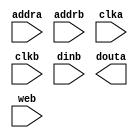
module rama(
	addra,
	addrb,
	clka,
	clkb,
	dinb,
	douta,
	web);


input [8 : 0] addra;
input [8 : 0] addrb;
input clka;
input clkb;
input [12 : 0] dinb;
output [12 : 0] douta;
input web;

// synthesis translate_off

      BLKMEMDP_V6_3 #(
		.c_addra_width(9),
		.c_addrb_width(9),
		.c_default_data("0"),
		.c_depth_a(365),
		.c_depth_b(365),
		.c_enable_rlocs(0),
		.c_has_default_data(0),
		.c_has_dina(0),
		.c_has_dinb(1),
		.c_has_douta(1),
		.c_has_doutb(0),
		.c_has_ena(0),
		.c_has_enb(0),
		.c_has_limit_data_pitch(0),
		.c_has_nda(0),
		.c_has_ndb(0),
		.c_has_rdya(0),
		.c_has_rdyb(0),
		.c_has_rfda(0),
		.c_has_rfdb(0),
		.c_has_sinita(0),
		.c_has_sinitb(0),
		.c_has_wea(0),
		.c_has_web(1),
		.c_limit_data_pitch(18),
		.c_mem_init_file("rama.mif"),
		.c_pipe_stages_a(0),
		.c_pipe_stages_b(0),
		.c_reg_inputsa(0),
		.c_reg_inputsb(0),
		.c_sim_collision_check("NONE"),
		.c_sinita_value("0"),
		.c_sinitb_value("0"),
		.c_width_a(13),
		.c_width_b(13),
		.c_write_modea(0),
		.c_write_modeb(0),
		.c_ybottom_addr("0"),
		.c_yclka_is_rising(1),
		.c_yclkb_is_rising(1),
		.c_yena_is_high(1),
		.c_yenb_is_high(1),
		.c_yhierarchy("hierarchy1"),
		.c_ymake_bmm(0),
		.c_yprimitive_type("16kx1"),
		.c_ysinita_is_high(1),
		.c_ysinitb_is_high(1),
		.c_ytop_addr("1024"),
		.c_yuse_single_primitive(0),
		.c_ywea_is_high(1),
		.c_yweb_is_high(1),
		.c_yydisable_warnings(1))
	inst (
		.ADDRA(addra),
		.ADDRB(addrb),
		.CLKA(clka),
		.CLKB(clkb),
		.DINB(dinb),
		.DOUTA(douta),
		.WEB(web),
		.DINA(),
		.DOUTB(),
		.ENA(),
		.ENB(),
		.NDA(),
		.NDB(),
		.RFDA(),
		.RFDB(),
		.RDYA(),
		.RDYB(),
		.SINITA(),
		.SINITB(),
		.WEA());


// synthesis translate_on

// XST black box declaration
// box_type "black_box"
// synthesis attribute box_type of rama is "black_box"

endmodule